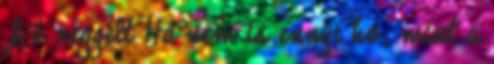
Jó reggelt Ha nem is ennyi hó, mint a